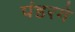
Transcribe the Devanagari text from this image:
पंडरगे